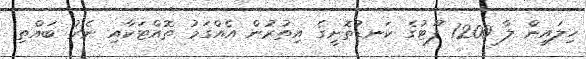
ހިލައިން ލާ 1200 ފޫޓުގެ ކަނޑުތޮށީގެ އިތުރުން އެއްގަމު ތޮއްޓަކާއި ނެރު ބައްތި